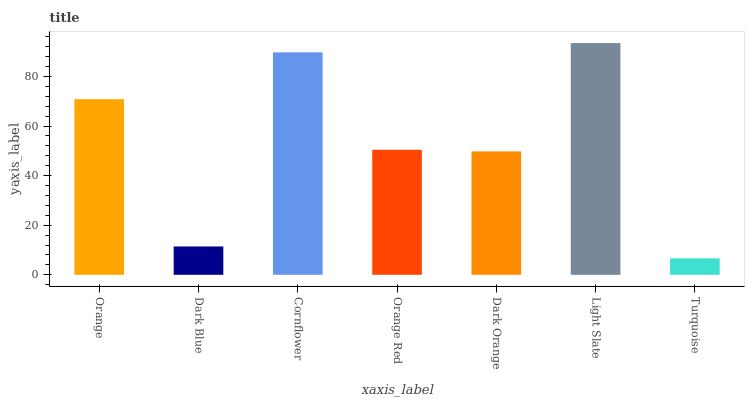
| xaxis_label | bars |
 | --- | --- |
 | Orange | 70.8 |
 | Dark Blue | 11.4 |
 | Cornflower | 89.7 |
 | Orange Red | 50.4 |
 | Dark Orange | 49.8 |
 | Light Slate | 93.4 |
 | Turquoise | 6.64 |